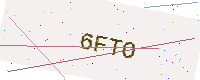
Text: 6FTO